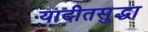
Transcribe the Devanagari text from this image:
यादीतसुद्धा